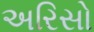
અરિસો